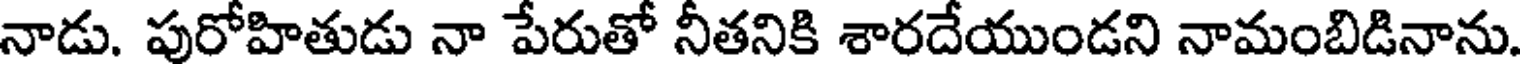
నాడు. పురోహితుడు నా పేరుతో నీతనికి శారదేయుండని నామంబిడినాను